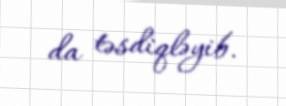
da təsdiqləyib.